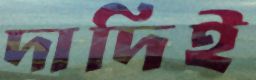
দাদিই